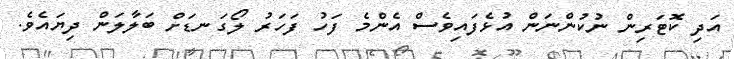
އަދި ކޮޓަރިން ނުކުންނަން އުޅެފައިވެސް އެންމެ ފަހު ފަހަރު ލޯގަނޑަށް ބަލާލަން ދިޔައެވެ.